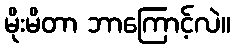
မိုးမိတာ ဘာကြောင့်လဲ။